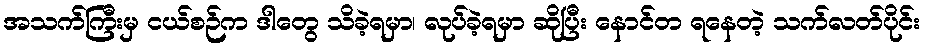
အသက်ကြီးမှ ငယ်စဉ်က ဒါတွေ သိခဲ့ရမှာ၊ လုပ်ခဲ့ရမှာ ဆိုပြီး နောင်တ ရနေတဲ့ သက်လတ်ပိုင်း